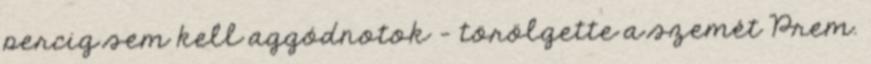
percig sem kell aggódnotok – törölgette a szemét Prem.